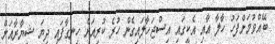
ބޭއްވުމަށްފަހު ހާލާ އާއި އެކީގައި އިސްޖަހާލައިގެން ހުރެ ކުރިއަށް ހިނގާފައި ދިޔަ ޝިޔާރާއަށް